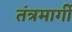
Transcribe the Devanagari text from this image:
तंत्रमार्गी